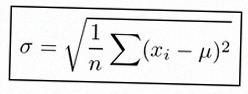
\sigma=\sqrt{\frac1n\sum(x_i-\mu)^2}